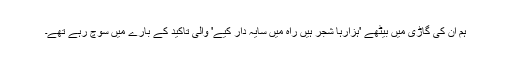
ہم ان کی گاڑی میں بیٹھے 'ہزارہا شجر ہیں راہ میں سایہ دار کیے' والی تاکید کے بارے میں سوچ رہے تھے۔